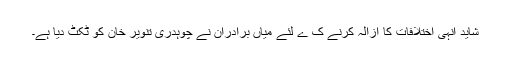
شاید انہی اختلافات کا ازالہ کرنے ک ے لئے میاں برادران نے چوہدری تنویر خان کو ٹکٹ دیا ہے۔